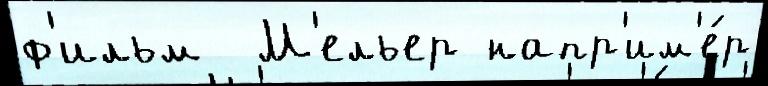
ф'ильм  М'ельер напр'им'е́р